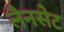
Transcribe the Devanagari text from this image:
लैनसेट